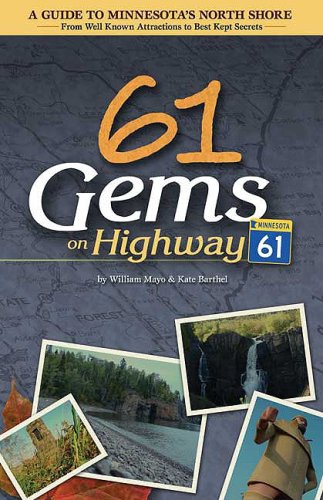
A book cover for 61 Gems on Highway 61: A Guide to Minnesota's North Shore--from Well-Known Attractions to Best-Kept Secrets; Kathryn Mayo; Travel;